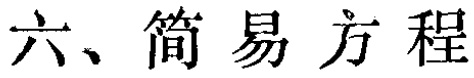
六、简易方程